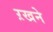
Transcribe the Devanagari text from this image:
ऱखने